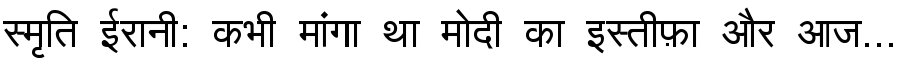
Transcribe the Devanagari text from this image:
स्मृति ईरानी: कभी मांगा था मोदी का इस्तीफ़ा और आज...